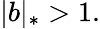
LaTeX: |b|_{*}>1.